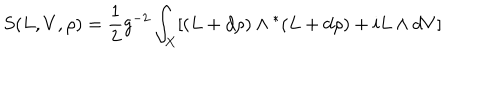
LaTeX: S ( L , V , \rho ) = \frac { 1 } { 2 } g ^ { - 2 } \int _ { X } [ ( L + d \rho { } ) \wedge { } ^ { * } ( L + d \rho { } ) + i L \wedge { } d V ]